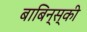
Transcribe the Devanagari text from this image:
बाबिन्स्की